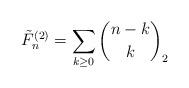
LaTeX: \begin{align*}\tilde{F}_{n}^{\left(2\right)}=\sum_{k\ge0}\binom{n-k}{k}_{2}\end{align*}